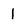
Character: 1